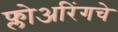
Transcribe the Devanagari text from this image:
फ्लोअरिंगचे